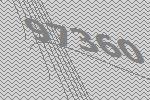
97360